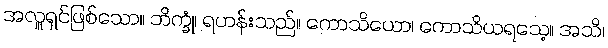
အလှူရှင်ဖြစ်သော။ ဘိက္ခုံ၊ ရဟန်းသည်။ ကောသိယော၊ ကောသိယရသေ့။ အသိ၊